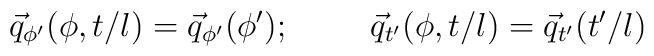
\vec{q}_{\phi '} ( \phi, t/l) = \vec{q}_{\phi '} (\phi '); \hspace{1.0cm}\vec{q}_{t '} ( \phi, t/l) = \vec{q}_{t'} ( t '/l)